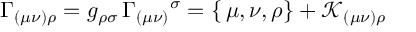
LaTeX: \Gamma _ { ( \mu \nu ) \rho } = g _ { \rho \sigma } \, \Gamma _ { ( \mu \nu ) } { } ^ { \sigma } = \{ \, \mu , \nu , \rho \} + \mathcal { K } _ { ( \mu \nu ) \rho }